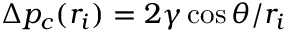
\Delta p _ { c } ( r _ { i } ) = { 2 \gamma \cos \theta } / { r _ { i } }